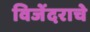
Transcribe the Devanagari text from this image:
विजेंदराचे